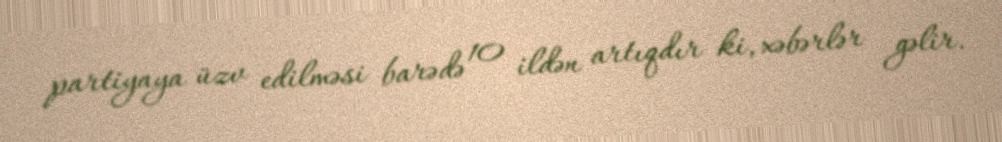
partiyaya üzv edilməsi barədə 10 ildən artıqdır ki, xəbərlər gəlir.